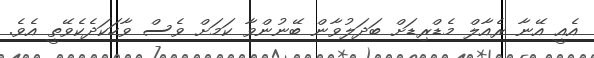
އެއީ އޭނާ ރެއާލް މެޑްރިޑަށް ބަދަލުވާން ބޭނުންވާ ކަމަށް ވެސް ވާހަކަދެކެވޭތީ އެވެ.